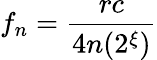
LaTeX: f_{n}=\frac{rc}{4n(2^{\xi})}